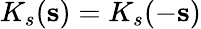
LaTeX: K_{s}(\mathbf{s})=K_{s}(-\mathbf{s})